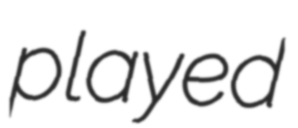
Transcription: played